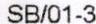
SB/01-3